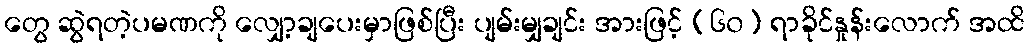
တွေ ဆွဲရတဲ့ပမဏကို လျှော့ချပေးမှာဖြစ်ပြီး ပျမ်းမျှချင်း အားဖြင့် (၆၀) ရာခိုင်နှုန်းလောက် အထိ